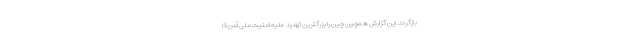
بازگردد. این گزارش همچین چین را بزرگترین تهدید علیه امنیت ملی آمریکا